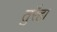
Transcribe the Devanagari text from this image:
तुरैहा